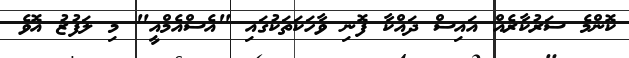
ކޮންމެ ސަރުކާރެއް އައިސް ދައްކާ ފޮނި ވާހަކަތަކުގައި "އެސްއެމްއީ" މި ލަފުޒު އޮވެ